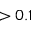
> 0 . 1